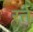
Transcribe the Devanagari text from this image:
रत्ते